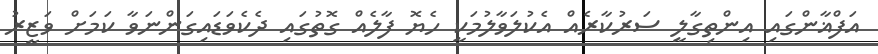
އަފްޣާންގައި އިންތިގާލީ ސަރުކާރެއް އެކުލަވާލުމަކީ ހެޔޮ ފާލެއް ގޮތުގައި ދެކެވަޑައިގަންނަވާ ކަމަށް ވަޒީރު